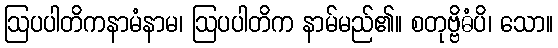
ဩပပါတိကနာမံနာမ၊ ဩပပါတိက နာမ်မည်၏။ စတုဗ္ဗိဓံပိ၊ သော။